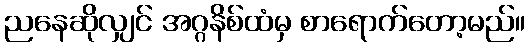
ညနေဆိုလျှင် အဂ္ဂနိစ်ထံမှ စာရောက်တော့မည်။